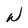
Character: W